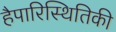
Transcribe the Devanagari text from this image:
हैपारिस्थितिकी